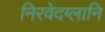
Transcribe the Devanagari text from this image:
निरवेदग्लानि